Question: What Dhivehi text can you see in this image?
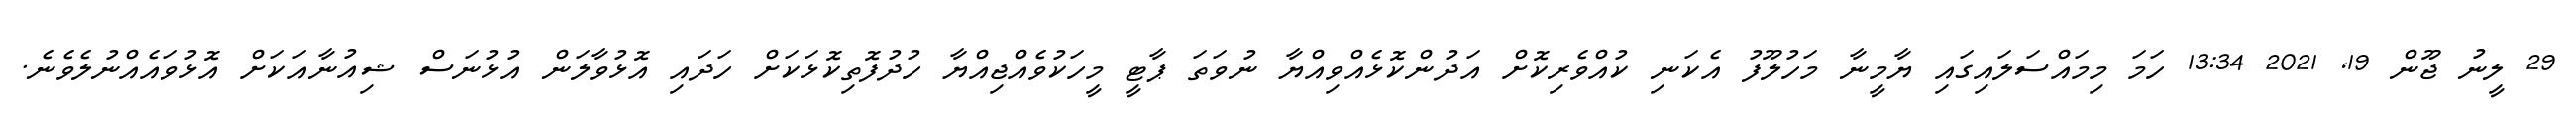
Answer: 29 ލީނު ޖޫން 19, 2021 13:34 ހަމަ މިމައްސަލައިގައި ޔާމީނާ މަހުލޫފު އެކަނި ކުއްވެރިކޮށް އަދުންކޮޅެއްވިއްޔާ ނުވަތަ ޕާޓީ މީހަކުވެއްޖިއްޔާ ހުދުފޮތިކޮޅަކަށް ހަދައި އޮޅުވާލަން އުޅުނަސް ޝިއުނާއަކަށް އޮޅުވައެއްނުލެވެނެ.